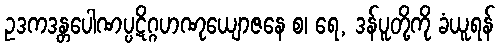
ဥဒကဒန္တပေါဏပ္ပဋိဂ္ဂဟဏုယျောဇနေ စ၊ ရေ, ဒန်ပူတို့ကို ခံယူရန်